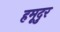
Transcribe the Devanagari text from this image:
हमूदुर